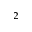
^ 2